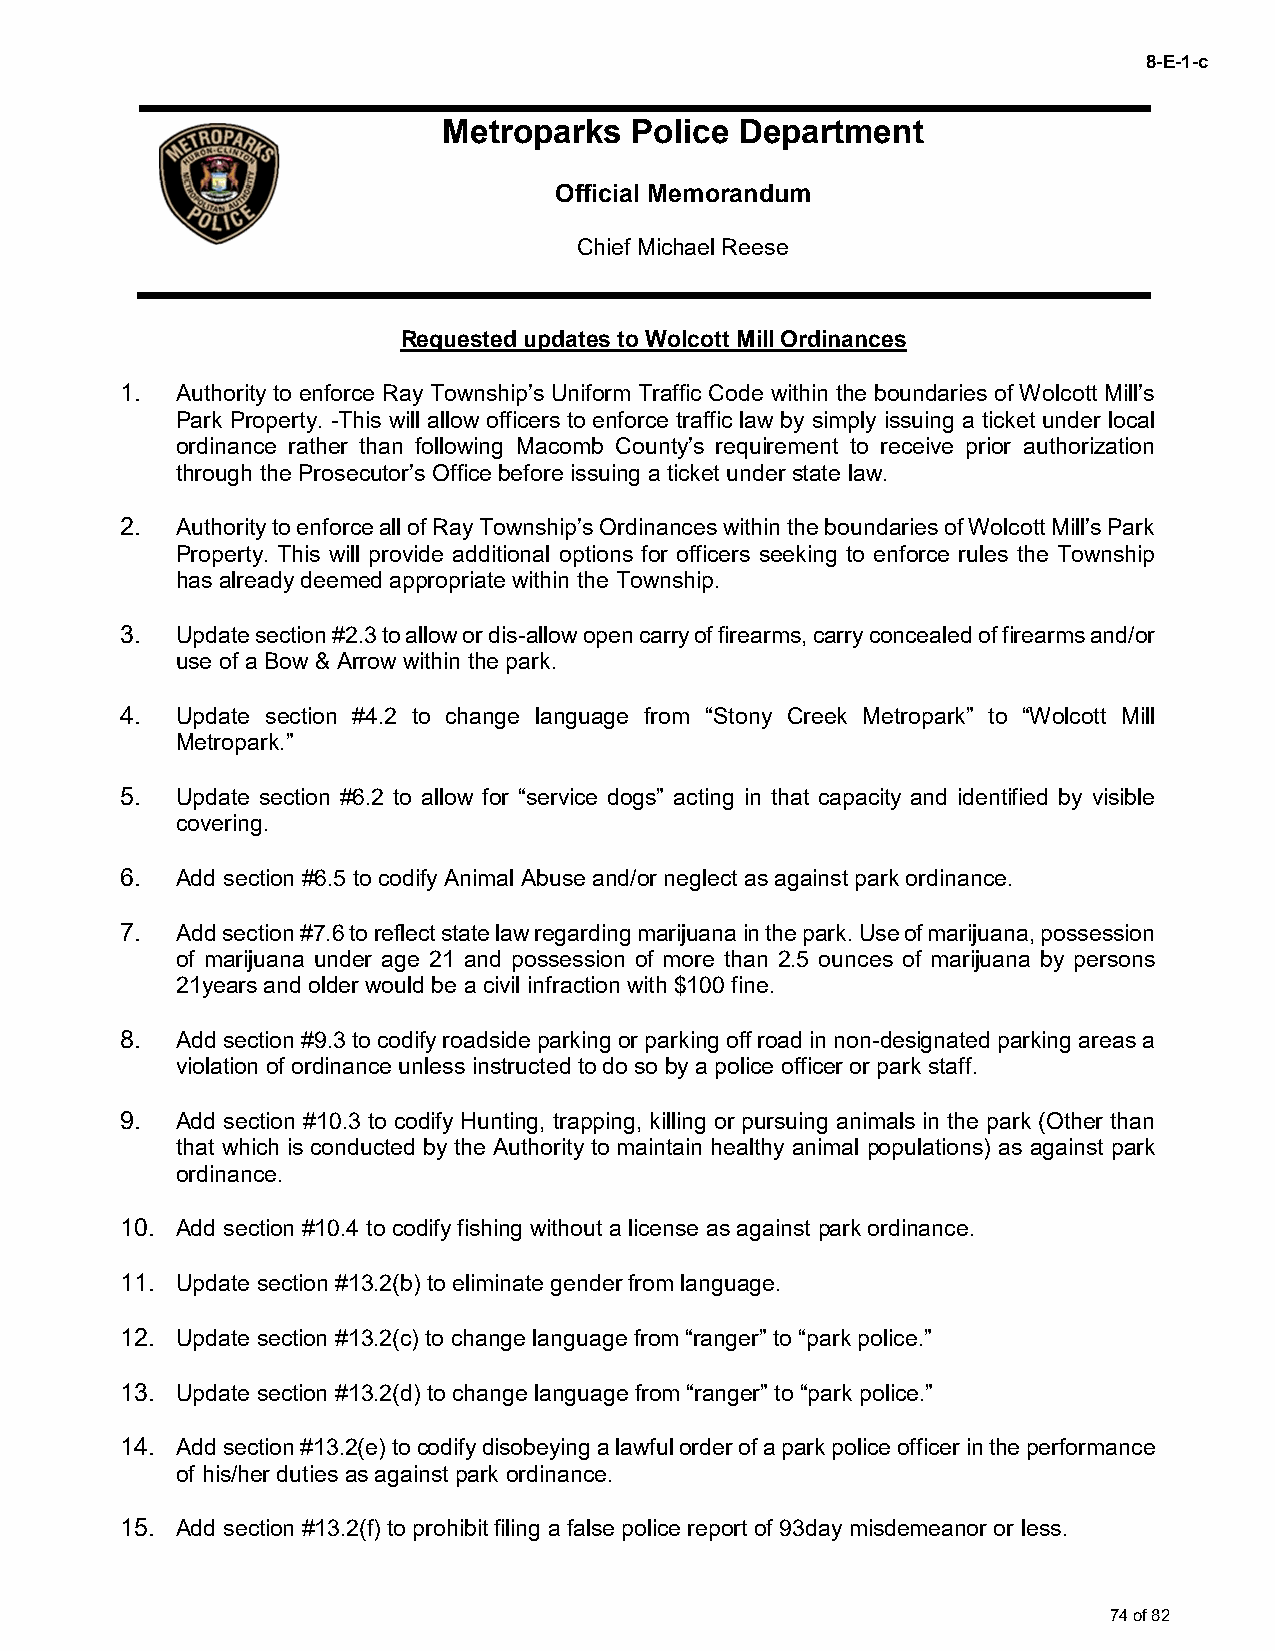
8-E-1-c
 Metroparks   Police Department
 Official Memorandum
 Chief Michael Reese
 Requested updates to Wolcott Mill Ordinances
 1.  Authority to enforce Ray Township’s Uniform Traffic Code within the boundaries of Wolcott Mill’s
 Park Property. -This will allow officers to enforce traffic law by simply issuing a ticket under local
 ordinance rather than following Macomb County’s requirement to receive prior authorization
 through the Prosecutor’s Office before issuing a ticket under state law.
 2.  Authority to enforce all of Ray Township’s Ordinances within the boundaries of Wolcott Mill’s Park
 Property. This will provide additional options for officers seeking to enforce rules the Township
 has already deemed appropriate within the Township.
 3.  Update section #2.3 to allow or dis-allow open carry of firearms, carry concealed of firearms and/or
 use of a Bow & Arrow within the park.
 4.  Update section #4.2 to change language from “Stony Creek Metropark” to “Wolcott Mill
 Metropark.”
 5.  Update section #6.2 to allow for “service dogs” acting in that capacity and identified by visible
 covering.
 6.  Add section #6.5 to codify Animal Abuse and/or neglect as against park ordinance.
 7.  Add section #7.6 to reflect state law regarding marijuana in the park. Use of marijuana, possession
 of marijuana under age 21 and possession of more than 2.5 ounces of marijuana by persons
 21years and older would be a civil infraction with $100 fine.
 8.  Add section #9.3 to codify roadside parking or parking off road in non-designated parking areas a
 violation of ordinance unless instructed to do so by a police officer or park staff.
 9.  Add section #10.3 to codify Hunting, trapping, killing or pursuing animals in the park (Other than
 that which is conducted by the Authority to maintain healthy animal populations) as against park
 ordinance.
 10. Add section #10.4 to codify fishing without a license as against park ordinance.
 11. Update section #13.2(b) to eliminate gender from language.
 12. Update section #13.2(c) to change language from “ranger” to “park police.”
 13. Update section #13.2(d) to change language from “ranger” to “park police.”
 14. Add section #13.2(e) to codify disobeying a lawful order of a park police officer in the performance
 of his/her duties as against park ordinance.
 15. Add section #13.2(f) to prohibit filing a false police report of 93day misdemeanor or less.
 74 of 82